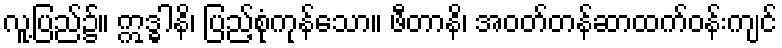
လူ့ပြည်၌။ ဣဒ္ဓါနိ၊ ပြည့်စုံကုန်သော။ ဖီတာနိ၊ အဝတ်တန်ဆာထက်ဝန်းကျင်